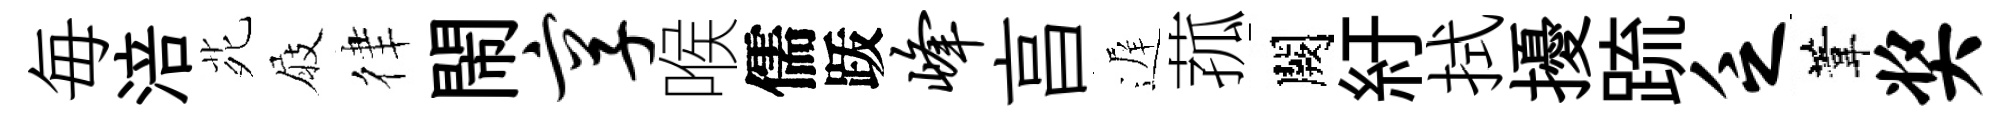
毎涪𫟍屐律閙享喉儒䟦峰亯遅菰闕紆拭擾䟽乏葦奖